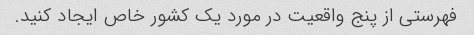
فهرستی از پنج واقعیت در مورد یک کشور خاص ایجاد کنید.